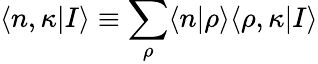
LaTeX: \langle n,\kappa|I\rangle\equiv\sum_{\rho}\langle n|\rho\rangle\langle\rho,\kappa|I\rangle